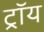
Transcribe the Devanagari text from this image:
ट्राॅय